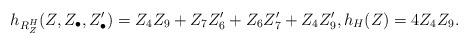
LaTeX: \begin{gather*}h_{{R_Z^H}}(Z, Z_\bullet, Z_\bullet') =Z_4Z_9 + Z_{7} Z_{6}'+Z_6 Z_{7}'+ Z_4 Z_9',h_H(Z) = 4 Z_4Z_9.\end{gather*}